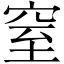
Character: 窒